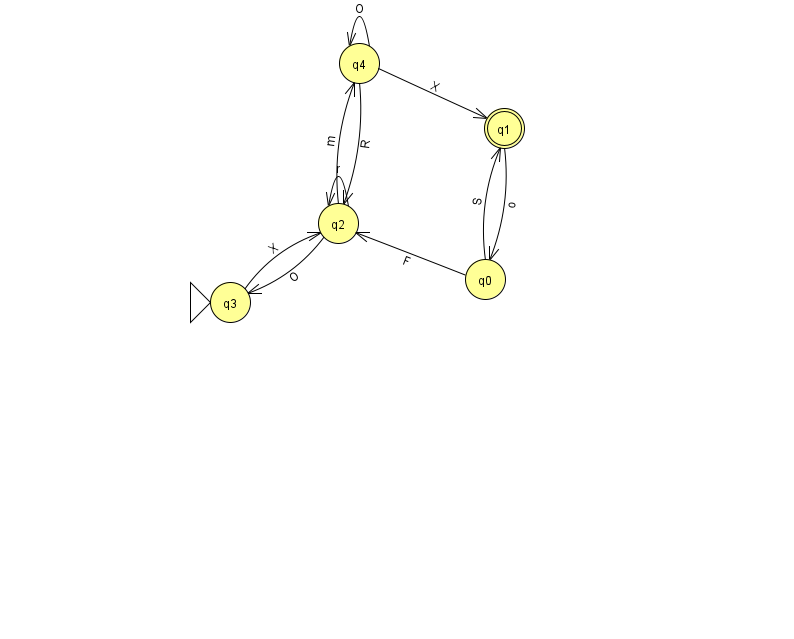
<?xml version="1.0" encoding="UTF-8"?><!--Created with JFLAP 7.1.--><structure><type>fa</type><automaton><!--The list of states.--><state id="0" name="q0"><x>485.0</x><y>266.0</y></state><state id="1" name="q1"><x>504.0</x><y>115.0</y><final/></state><state id="2" name="q2"><x>338.0</x><y>210.0</y></state><state id="3" name="q3"><x>230.0</x><y>289.0</y><initial/></state><state id="4" name="q4"><x>359.0</x><y>50.0</y></state><!--The list of transitions.--><transition><from>2</from><to>2</to><read>r</read></transition><transition><from>1</from><to>0</to><read>o</read></transition><transition><from>4</from><to>2</to><read>R</read></transition><transition><from>0</from><to>1</to><read>S</read></transition><transition><from>2</from><to>3</to><read>O</read></transition><transition><from>2</from><to>4</to><read>m</read></transition><transition><from>4</from><to>1</to><read>X</read></transition><transition><from>0</from><to>2</to><read>F</read></transition><transition><from>3</from><to>2</to><read>X</read></transition><transition><from>4</from><to>4</to><read>O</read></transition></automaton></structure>